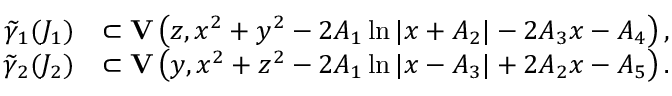
\begin{array} { r l } { \widetilde { \gamma } _ { 1 } ( J _ { 1 } ) } & { \subset { \mathbf { V } } \left( z , x ^ { 2 } + y ^ { 2 } - 2 A _ { 1 } \ln | x + A _ { 2 } | - 2 A _ { 3 } x - A _ { 4 } \right) , } \\ { \widetilde { \gamma } _ { 2 } ( J _ { 2 } ) } & { \subset { \mathbf { V } } \left( y , x ^ { 2 } + z ^ { 2 } - 2 A _ { 1 } \ln | x - A _ { 3 } | + 2 A _ { 2 } x - A _ { 5 } \right) . } \end{array}